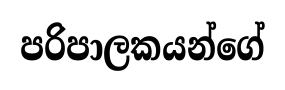
පරිපාලකයන්ගේ